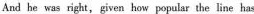
And he was right, given how popular the line has